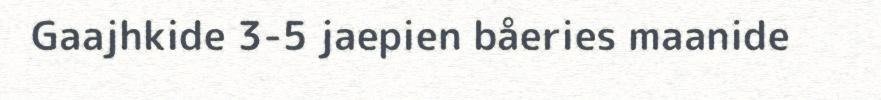
Gaajhkide 3-5 jaepien båeries maanide